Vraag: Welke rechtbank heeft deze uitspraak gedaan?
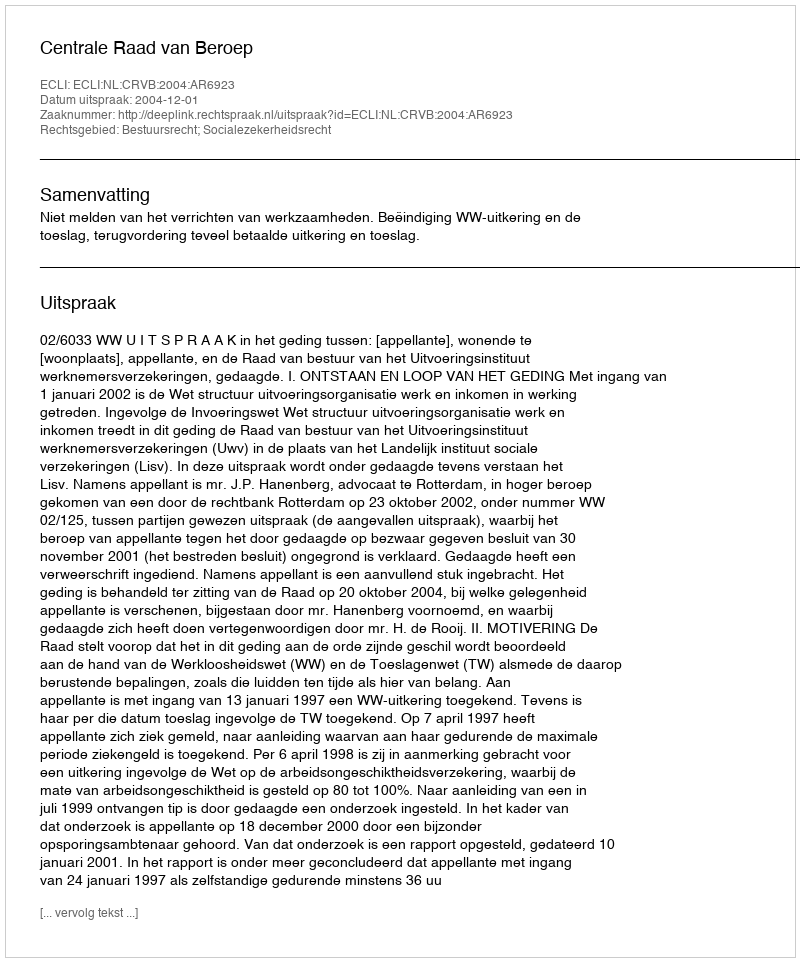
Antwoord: Centrale Raad van Beroep